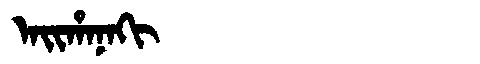
Manchu: ᠠᡳᡥᠠᠨᠠᡴᡳ
Romanization: AIHANAKI